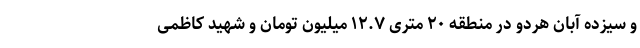
و سیزده آبان هردو در منطقه ۲۰ متری ۱۲.۷ میلیون تومان و شهید کاظمی